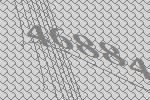
46884